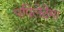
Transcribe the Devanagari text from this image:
पपिलेदेमा